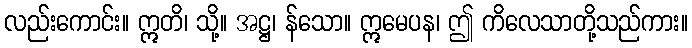
လည်းကောင်း။ ဣတိ၊ သို့။ အဋ္ဌ၊ န်သော။ ဣမေပန၊ ဤ ကိလေသာတို့သည်ကား။